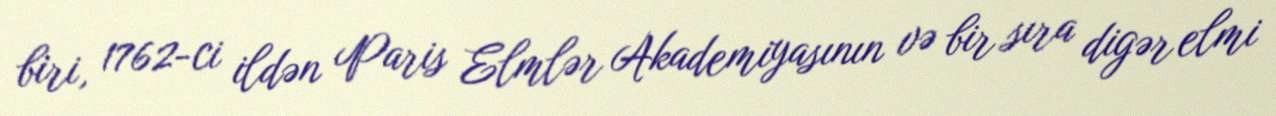
biri, 1762-ci ildən Paris Elmlər Akademiyasının və bir sıra digər elmi